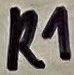
Text: R1